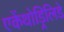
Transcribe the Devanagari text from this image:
एकेंथोड्रिलिडे